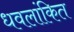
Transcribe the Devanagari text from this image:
धवलांकित